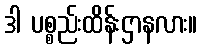
ဒါ ပစ္စည်းထိန်းဌာနလား။